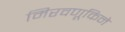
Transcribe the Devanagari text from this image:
मिरवणूकिने